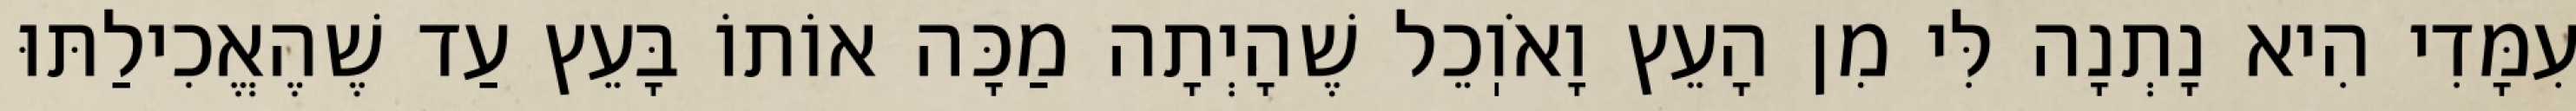
עִמָּדִי הִיא נָתְנָה לִּי מִן הָעֵץ וָאֹוֽכֵל שֶׁהָיְתָה מַכָּה אוֹתוֹ בָּעֵץ עַד שֶׁהֶאֱכִילַתּוּ